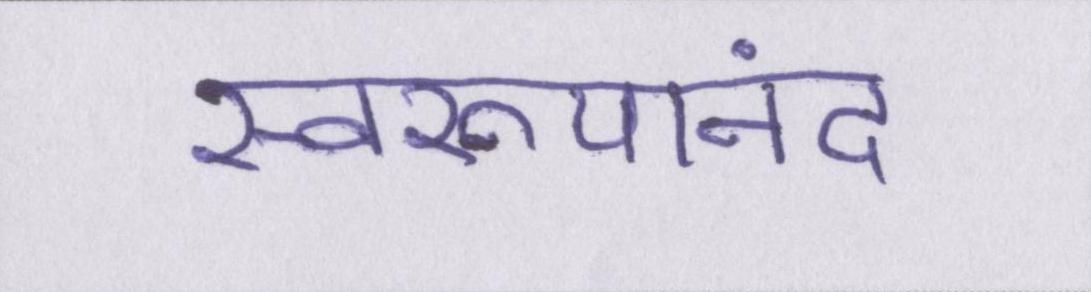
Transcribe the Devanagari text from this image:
स्वरूपानंद